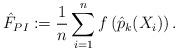
LaTeX: \begin{align*}\hat F_{PI} := \frac{1}{n} \sum_{i = 1}^n f \left( \hat p_k(X_i) \right).\end{align*}